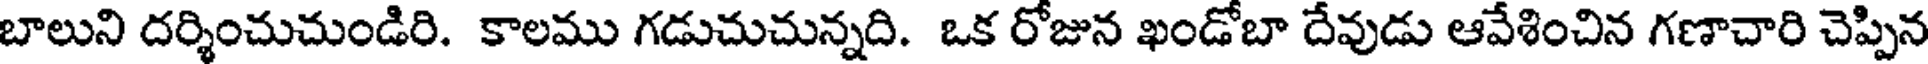
బాలుని దర్శించుచుండిరి. కాలము గడుచుచున్నది. ఒక రోజున ఖండోబా దేవుడు ఆవేశించిన గణాచారి చెప్పిన